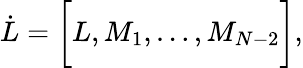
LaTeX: \dot{L}=\biggl\lbrack L,M_{1},\dots,M_{N-2}\biggl\rbrack,